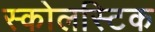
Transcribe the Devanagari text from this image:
स्कोलस्टिक